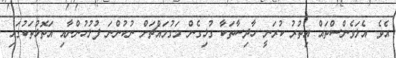
އެވެ. އެލަވެންސްތައް އިތުރު ކުރަނީ ހާދިސާތަކާ ގުޅިގެން މަގުމައްޗަށް ނުކުންނަ ފުލުހުންނާއި އަތޮޅުތަކުގައި